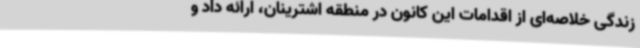
زندگی خلاصه‌ای از اقدامات این کانون در منطقه اشترینان، ارائه داد و